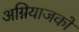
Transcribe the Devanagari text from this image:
अग्नियाजकों